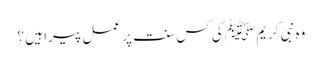
وہ نبی کریم ﷺ کی کس سنت پر عمل پیرا ہیں ؟